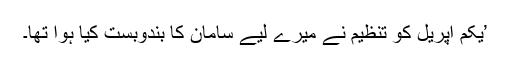
’یکم اپریل کو تنظیم نے میرے لیے سامان کا بندوبست کیا ہوا تھا۔